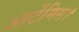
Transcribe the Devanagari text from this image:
आर्टेमिस।